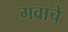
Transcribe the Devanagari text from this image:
गवाचे